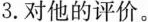
3.对他的评价。